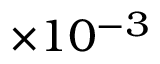
\times 1 0 ^ { - 3 }